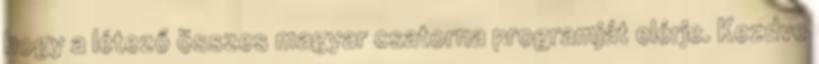
hogy a létező összes magyar csatorna programját elérje. Kezdve